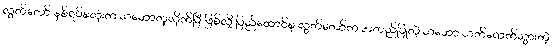
လွှတ်တော် နှစ်ရပ်စလုံးက သဘောတူလိုက်ပြီ ဖြစ်လို့ ပြည်ထောင်စု လွှတ်တော်က အတည်ပြုတဲ့ သဘော သက်ရောက်သွားတဲ့